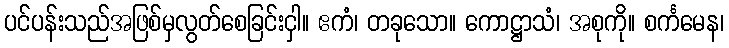
ပင်ပန်းသည်အဖြစ်မှလွတ်စေခြင်းငှါ။ ဧကံ၊ တခုသော။ ကောဋ္ဌာသံ၊ အစုကို။ စင်္ကမေန၊